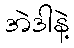
အဲဒါနဲ့